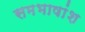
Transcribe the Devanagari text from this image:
समभाषांश